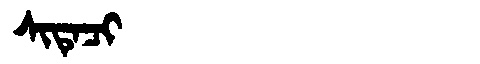
Manchu: ᠰᡳᡨᡝᠴᡳ
Romanization: SITECI